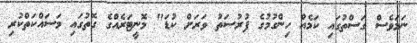
ނަމަވެސް ގަސްތުގައި ކަމެއް ހިންގުމުގެ ފުރުސަތު ވަރަށް ކުޑަ" މޮނީޓަރެއްގެ ގޮތުގައި މަސައްކަތްކުރި